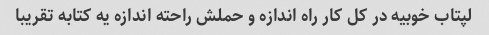
لپتاب خوبیه در کل کار راه اندازه و حملش راحته اندازه یه کتابه تقریبا